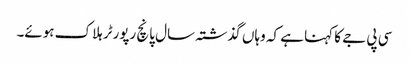
سی پی جے کا کہنا ہے کہ وہاں گذشتہ سال پانچ رپورٹر ہلاک ہوئے۔